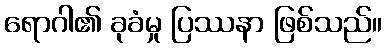
ရောဂါ၏ ခုခံမှု ပြဿနာ ဖြစ်သည်။